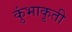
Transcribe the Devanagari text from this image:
कुंभाकृती